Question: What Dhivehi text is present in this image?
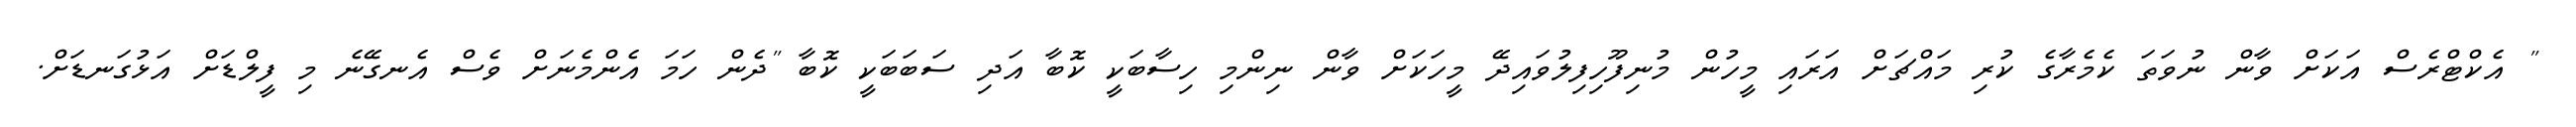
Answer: " އެކްޓްރެސް އަކަށް ވާން ނުވަތަ ކެމެރާގެ ކުރި މައްޗަށް އަރައި މީހުން މުނިފޫހިފިލުވައިދޭ މީހަކަށް ވާން ނިންމި ހިސާބަކީ ކޮބާ އަދި ސަބަބަކީ ކޮބާ "ދެން ހަމަ އެންމެނަށް ވެސް އެނގޭނެ މި ފީލްޑަށް އަޅުގަނޑަށް.